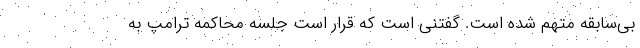
بی‌سابقه متهم شده است. گفتنی است که قرار است جلسه محاکمه ترامپ به